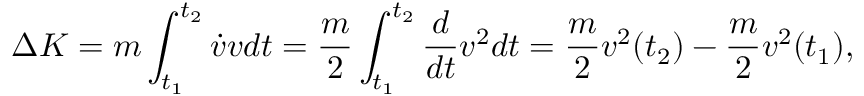
\Delta K = m \int _ { t _ { 1 } } ^ { t _ { 2 } } { \dot { v } } v d t = { \frac { m } { 2 } } \int _ { t _ { 1 } } ^ { t _ { 2 } } { \frac { d } { d t } } v ^ { 2 } d t = { \frac { m } { 2 } } v ^ { 2 } ( t _ { 2 } ) - { \frac { m } { 2 } } v ^ { 2 } ( t _ { 1 } ) ,